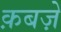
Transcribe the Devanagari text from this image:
क़बज़े